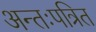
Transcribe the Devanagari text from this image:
अन्तःपत्रित